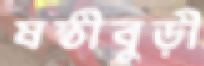
ষষ্ঠীবুড়ী